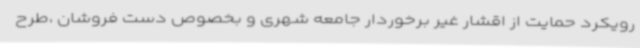
رویکرد حمایت از اقشار غیر برخوردار جامعه شهری و بخصوص دست فروشان ،طرح